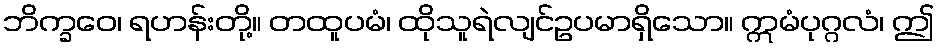
ဘိက္ခဝေ၊ ရဟန်းတို့။ တထူပမံ၊ ထိုသူရဲလျင်ဥပမာရှိသော။ ဣမံပုဂ္ဂလံ၊ ဤ